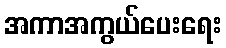
အကာအကွယ်ပေးရေး